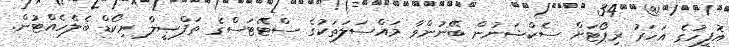
އޮފީހުގެ އަހަރު ރިޕޯޓަށް ސެކްޝަނުން ބޭނުންވާ މައްސަލަތަކުގެ ސްޓޭޓަސްގެ ތަފްޞީލް ރިކޯޑް ބެލެހެއްޓުން.